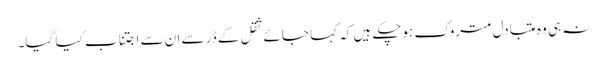
نہ ہی وہ متبادل متروک ہوچکے ہیں کہ کہا جائے ثقل کے ڈر سے ان سے اجتناب کیا گیا۔